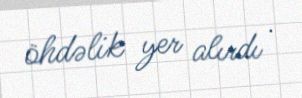
öhdəlik yer alırdı .